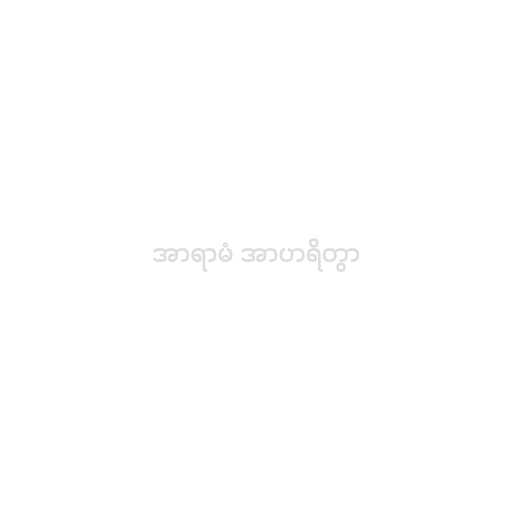
အာရာမံ အာဟရိတွာ